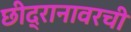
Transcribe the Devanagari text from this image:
छीद्रानावरची